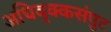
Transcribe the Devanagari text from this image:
अधिवृक्कसंपुट